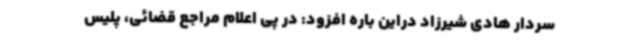
سردار هادی شیرزاد دراین باره افزود: در پی اعلام مراجع قضائی، پلیس